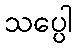
သပ္ပေါ